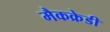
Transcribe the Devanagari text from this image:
मैकक्रेडी